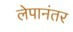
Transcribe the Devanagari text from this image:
लेपानंतर